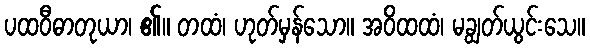
ပထဝီဓာတုယာ၊ ၏။ တထံ၊ ဟုတ်မှန်သော။ အဝိထထံ၊ မချွတ်ယွင်းသေ။